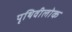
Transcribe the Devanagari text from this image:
पृथिवीलोक